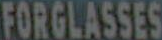
FORGLASSES